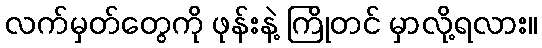
လက်မှတ်တွေကို ဖုန်းနဲ့ ကြိုတင် မှာလို့ရလား။